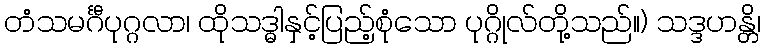
တံသမင်္ဂီပုဂ္ဂလာ၊ ထိုသဒ္ဓါနှင့်ပြည့်စုံသော ပုဂ္ဂိုလ်တို့သည်။) သဒ္ဒဟန္တိ၊